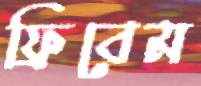
ফ্রিবেম